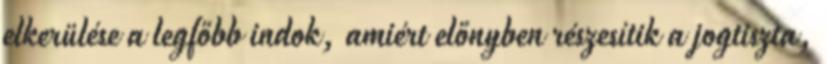
elkerülése a legfőbb indok, amiért előnyben részesítik a jogtiszta,